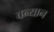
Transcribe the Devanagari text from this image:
बन्यान